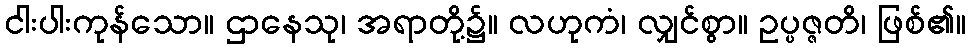
ငါးပါးကုန်သော။ ဌာနေသု၊ အရာတို့၌။ လဟုကံ၊ လျှင်စွာ။ ဥပ္ပဇ္ဇတိ၊ ဖြစ်၏။